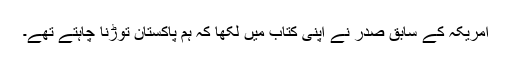
امریکہ کے سابق صدر نے اپنی کتاب میں لکھا کہ ہم پاکستان توڑنا چاہتے تھے۔